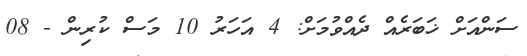
ސަންއަށް ޚަބަރެއް ދެއްވުމަށް: 4 އަހަރު 10 މަސް ކުރިން - 08